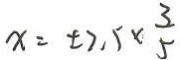
x = \pm 7 , 5 \times \frac { 3 } { 5 }